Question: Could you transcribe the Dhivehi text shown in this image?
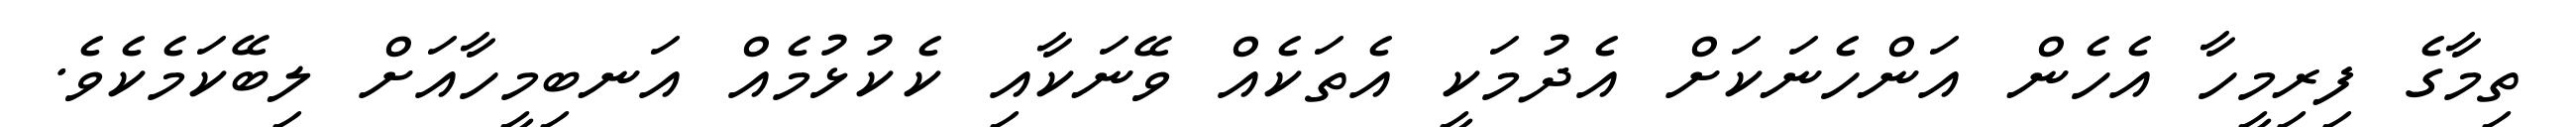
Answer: ތިމާގެ ފިރިމީހާ އެހެން އަންހެނަކަށް އެދުމަކީ އެތަކެއް ވޭނަކާއި ކެކުޅުމެއް އަނބިމީހާއަށް ލިބޭކަމެކެވެ.